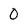
Character: 0